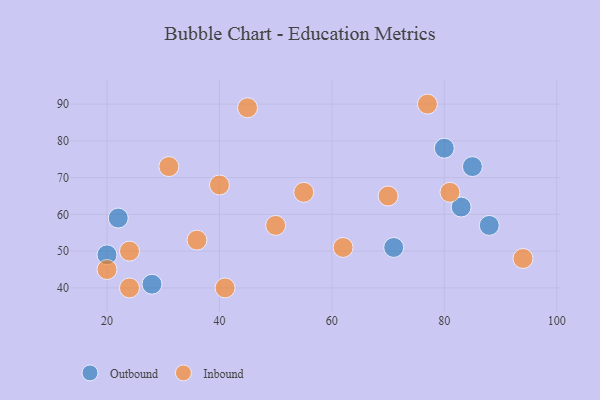
{"axis": {"x": "GDP", "y": "Life Expectancy"}, "legend": ["Inbound", "Outbound"], "data": [{"x": "88", "y": 57, "type": "Outbound"}, {"x": "71", "y": 51, "type": "Outbound"}, {"x": "20", "y": 49, "type": "Outbound"}, {"x": "22", "y": 59, "type": "Outbound"}, {"x": "80", "y": 78, "type": "Outbound"}, {"x": "28", "y": 41, "type": "Outbound"}, {"x": "83", "y": 62, "type": "Outbound"}, {"x": "85", "y": 73, "type": "Outbound"}, {"x": "77", "y": 90, "type": "Inbound"}, {"x": "62", "y": 51, "type": "Inbound"}, {"x": "55", "y": 66, "type": "Inbound"}, {"x": "81", "y": 66, "type": "Inbound"}, {"x": "70", "y": 65, "type": "Inbound"}, {"x": "24", "y": 50, "type": "Inbound"}, {"x": "94", "y": 48, "type": "Inbound"}, {"x": "45", "y": 89, "type": "Inbound"}, {"x": "20", "y": 45, "type": "Inbound"}, {"x": "50", "y": 57, "type": "Inbound"}, {"x": "24", "y": 40, "type": "Inbound"}, {"x": "31", "y": 73, "type": "Inbound"}, {"x": "40", "y": 68, "type": "Inbound"}, {"x": "41", "y": 40, "type": "Inbound"}, {"x": "36", "y": 53, "type": "Inbound"}]}